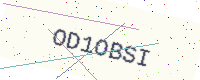
Text: OD1OBSI